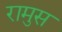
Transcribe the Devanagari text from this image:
रामुस